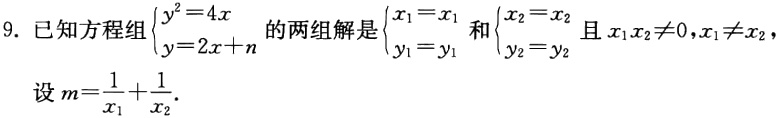
9. 已知方程组$\begin{cases}y^{2}=4x\\y = 2x + n\end{cases}$的两组解是$\begin{cases}x_{1}=x_{1}\\y_{1}=y_{1}\end{cases}$和$\begin{cases}x_{2}=x_{2}\\y_{2}=y_{2}\end{cases}$且$x_{1}x_{2}\neq0,x_{1}\neq x_{2}$，设$m = \frac{1}{x_{1}}+\frac{1}{x_{2}}.$